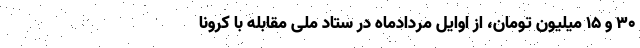
۳۰ و ۱۵ میلیون تومان، از اوایل مردادماه در ستاد ملی مقابله با کرونا